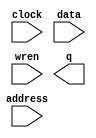
// megafunction wizard: %RAM: 1-PORT%VBB%
// GENERATION: STANDARD
// VERSION: WM1.0
// MODULE: altsyncram 

// ============================================================
// Megafunction Name(s):
// 			altsyncram
//
// Simulation Library Files(s):
// 			altera_mf
// ============================================================
// ************************************************************
// THIS IS A WIZARD-GENERATED FILE. DO NOT EDIT THIS FILE!
//
// 18.0.0 Build 614 04/24/2018 SJ Lite Edition
// ************************************************************

//Copyright (C) 2018  Intel Corporation. All rights reserved.
//Your use of Intel Corporation's design tools, logic functions 
//and other software and tools, and its AMPP partner logic 
//functions, and any output files from any of the foregoing 
//(including device programming or simulation files), and any 
//associated documentation or information are expressly subject 
//to the terms and conditions of the Intel Program License 
//Subscription Agreement, the Intel Quartus Prime License Agreement,
//the Intel FPGA IP License Agreement, or other applicable license
//agreement, including, without limitation, that your use is for
//the sole purpose of programming logic devices manufactured by
//Intel and sold by Intel or its authorized distributors.  Please
//refer to the applicable agreement for further details.

module ram1 (
	address,
	clock,
	data,
	wren,
	q);

	input	[10:0]  address;
	input	  clock;
	input	[11:0]  data;
	input	  wren;
	output	[11:0]  q;
`ifndef ALTERA_RESERVED_QIS
// synopsys translate_off
`endif
	tri1	  clock;
`ifndef ALTERA_RESERVED_QIS
// synopsys translate_on
`endif

endmodule

// ============================================================
// CNX file retrieval info
// ============================================================
// Retrieval info: PRIVATE: ADDRESSSTALL_A NUMERIC "0"
// Retrieval info: PRIVATE: AclrAddr NUMERIC "0"
// Retrieval info: PRIVATE: AclrByte NUMERIC "0"
// Retrieval info: PRIVATE: AclrData NUMERIC "0"
// Retrieval info: PRIVATE: AclrOutput NUMERIC "0"
// Retrieval info: PRIVATE: BYTE_ENABLE NUMERIC "0"
// Retrieval info: PRIVATE: BYTE_SIZE NUMERIC "8"
// Retrieval info: PRIVATE: BlankMemory NUMERIC "1"
// Retrieval info: PRIVATE: CLOCK_ENABLE_INPUT_A NUMERIC "0"
// Retrieval info: PRIVATE: CLOCK_ENABLE_OUTPUT_A NUMERIC "0"
// Retrieval info: PRIVATE: Clken NUMERIC "0"
// Retrieval info: PRIVATE: DataBusSeparated NUMERIC "1"
// Retrieval info: PRIVATE: IMPLEMENT_IN_LES NUMERIC "0"
// Retrieval info: PRIVATE: INIT_FILE_LAYOUT STRING "PORT_A"
// Retrieval info: PRIVATE: INIT_TO_SIM_X NUMERIC "0"
// Retrieval info: PRIVATE: INTENDED_DEVICE_FAMILY STRING "MAX 10"
// Retrieval info: PRIVATE: JTAG_ENABLED NUMERIC "0"
// Retrieval info: PRIVATE: JTAG_ID STRING "NONE"
// Retrieval info: PRIVATE: MAXIMUM_DEPTH NUMERIC "0"
// Retrieval info: PRIVATE: MIFfilename STRING ""
// Retrieval info: PRIVATE: NUMWORDS_A NUMERIC "2048"
// Retrieval info: PRIVATE: RAM_BLOCK_TYPE NUMERIC "0"
// Retrieval info: PRIVATE: READ_DURING_WRITE_MODE_PORT_A NUMERIC "2"
// Retrieval info: PRIVATE: RegAddr NUMERIC "1"
// Retrieval info: PRIVATE: RegData NUMERIC "1"
// Retrieval info: PRIVATE: RegOutput NUMERIC "0"
// Retrieval info: PRIVATE: SYNTH_WRAPPER_GEN_POSTFIX STRING "0"
// Retrieval info: PRIVATE: SingleClock NUMERIC "1"
// Retrieval info: PRIVATE: UseDQRAM NUMERIC "1"
// Retrieval info: PRIVATE: WRCONTROL_ACLR_A NUMERIC "0"
// Retrieval info: PRIVATE: WidthAddr NUMERIC "11"
// Retrieval info: PRIVATE: WidthData NUMERIC "12"
// Retrieval info: PRIVATE: rden NUMERIC "0"
// Retrieval info: LIBRARY: altera_mf altera_mf.altera_mf_components.all
// Retrieval info: CONSTANT: CLOCK_ENABLE_INPUT_A STRING "BYPASS"
// Retrieval info: CONSTANT: CLOCK_ENABLE_OUTPUT_A STRING "BYPASS"
// Retrieval info: CONSTANT: INTENDED_DEVICE_FAMILY STRING "MAX 10"
// Retrieval info: CONSTANT: LPM_HINT STRING "ENABLE_RUNTIME_MOD=NO"
// Retrieval info: CONSTANT: LPM_TYPE STRING "altsyncram"
// Retrieval info: CONSTANT: NUMWORDS_A NUMERIC "2048"
// Retrieval info: CONSTANT: OPERATION_MODE STRING "SINGLE_PORT"
// Retrieval info: CONSTANT: OUTDATA_ACLR_A STRING "NONE"
// Retrieval info: CONSTANT: OUTDATA_REG_A STRING "UNREGISTERED"
// Retrieval info: CONSTANT: POWER_UP_UNINITIALIZED STRING "FALSE"
// Retrieval info: CONSTANT: READ_DURING_WRITE_MODE_PORT_A STRING "DONT_CARE"
// Retrieval info: CONSTANT: WIDTHAD_A NUMERIC "11"
// Retrieval info: CONSTANT: WIDTH_A NUMERIC "12"
// Retrieval info: CONSTANT: WIDTH_BYTEENA_A NUMERIC "1"
// Retrieval info: USED_PORT: address 0 0 11 0 INPUT NODEFVAL "address[10..0]"
// Retrieval info: USED_PORT: clock 0 0 0 0 INPUT VCC "clock"
// Retrieval info: USED_PORT: data 0 0 12 0 INPUT NODEFVAL "data[11..0]"
// Retrieval info: USED_PORT: q 0 0 12 0 OUTPUT NODEFVAL "q[11..0]"
// Retrieval info: USED_PORT: wren 0 0 0 0 INPUT NODEFVAL "wren"
// Retrieval info: CONNECT: @address_a 0 0 11 0 address 0 0 11 0
// Retrieval info: CONNECT: @clock0 0 0 0 0 clock 0 0 0 0
// Retrieval info: CONNECT: @data_a 0 0 12 0 data 0 0 12 0
// Retrieval info: CONNECT: @wren_a 0 0 0 0 wren 0 0 0 0
// Retrieval info: CONNECT: q 0 0 12 0 @q_a 0 0 12 0
// Retrieval info: GEN_FILE: TYPE_NORMAL ram1.v TRUE
// Retrieval info: GEN_FILE: TYPE_NORMAL ram1.inc FALSE
// Retrieval info: GEN_FILE: TYPE_NORMAL ram1.cmp FALSE
// Retrieval info: GEN_FILE: TYPE_NORMAL ram1.bsf TRUE
// Retrieval info: GEN_FILE: TYPE_NORMAL ram1_inst.v FALSE
// Retrieval info: GEN_FILE: TYPE_NORMAL ram1_bb.v TRUE
// Retrieval info: LIB_FILE: altera_mf